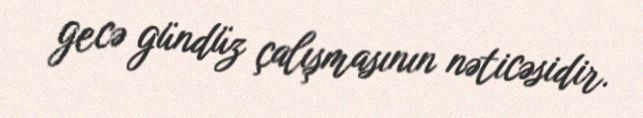
gecə gündüz çalışmasının nəticəsidir.